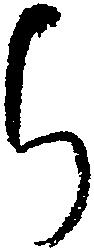
ち